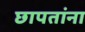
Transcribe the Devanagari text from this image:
छापतांना